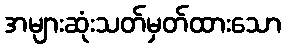
အများဆုံးသတ်မှတ်ထားသော